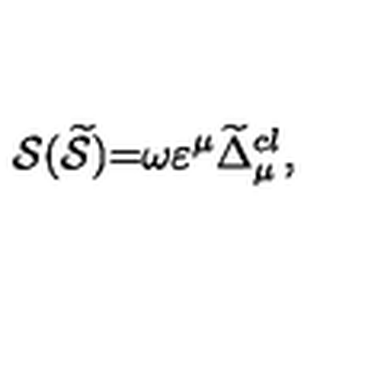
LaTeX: \mathcal { S } ( \widetilde { \mathcal { S } } ) \mathcal { = } \omega \varepsilon ^ { \mu } \widetilde { \Delta } _ { \mu } ^ { c l } ,